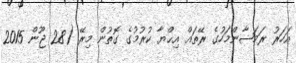
އަހަރު ރަމަޟާންމަހުގެ ރޭތައް އިޙްޔާ ކުރުމުގެ ގޮތުން މިރޭ (28 ޖޫން 2015